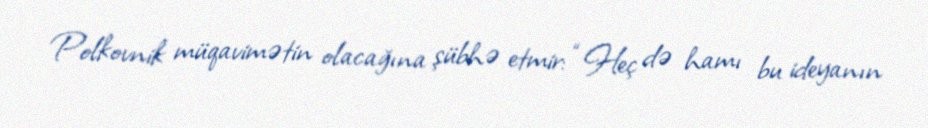
Polkovnik müqavimətin olacağına şübhə etmir: “Heç də hamı bu ideyanın